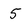
Character: 5